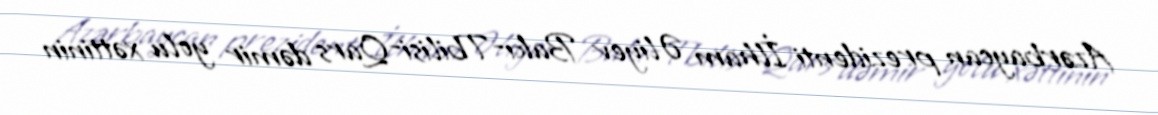
Azərbaycan prezidenti İlham Əliyev Bakı-Tbilisi-Qars dəmir yolu xəttinin